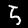
Digit: 5